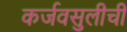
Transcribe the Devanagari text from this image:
कर्जवसुलीची